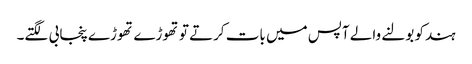
ہندکو بولنے والے آپس میں بات کرتے تو تھوڑے تھوڑے پنجابی لگتے۔